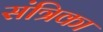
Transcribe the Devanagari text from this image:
संत्रिका